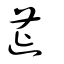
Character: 莚